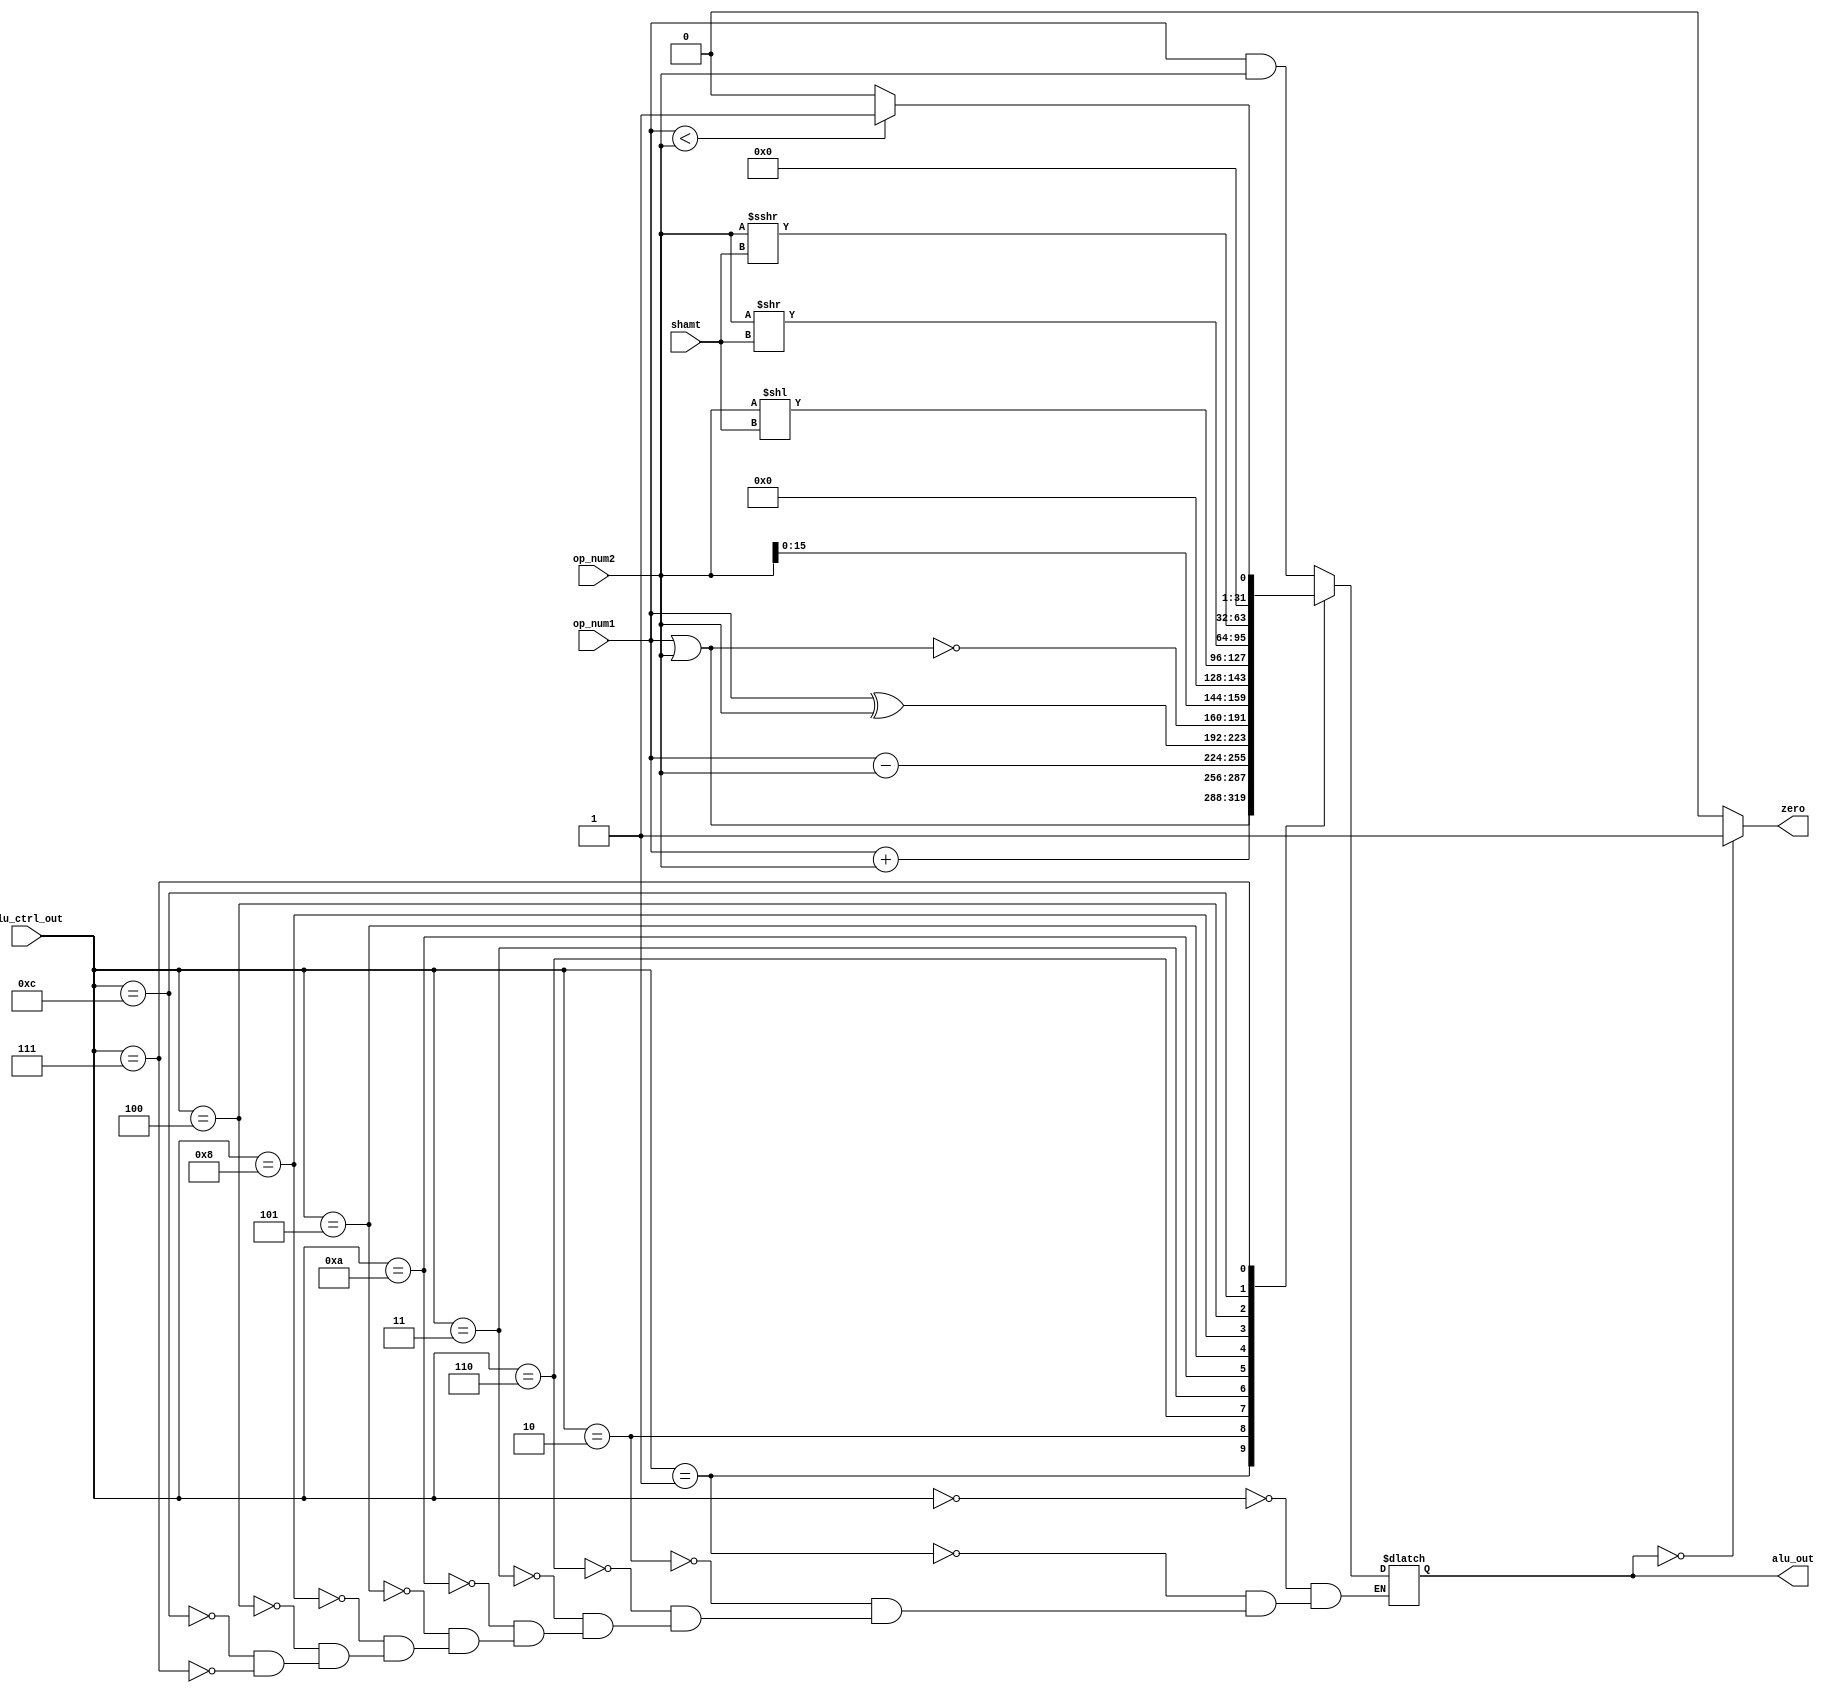
module alu(op_num1, op_num2, shamt, alu_ctrl_out, zero, alu_out);
    input      [31:0]  op_num1;        // rs
    input      [31:0]  op_num2;        // rt
    input      [ 3:0]  alu_ctrl_out;
    input      [ 4:0]  shamt;
    output             zero;           // zero genenrated by alu
    output reg [31:0]  alu_out;        // alu_out generated by alu

    parameter ADD   = 4'b0010;
    parameter SUB   = 4'b0110;
    parameter AND   = 4'b0000;
    parameter OR    = 4'b0001;
    parameter SLT   = 4'b0111;
    parameter XOR   = 4'b0011;
    parameter NOR   = 4'b1010;
    parameter LUI   = 4'b0101;
    parameter SLL   = 4'b1000;
    parameter SRL   = 4'b0100;
    parameter SRA   = 4'b1100;

    always @(*) 
    begin
        case (alu_ctrl_out)
            AND : 
            begin
                alu_out = op_num1 & op_num2;
            end
           
            OR  : 
            begin
                alu_out = op_num1 | op_num2;
                // $display("op_num1 : %h | op_num2 : %h | or out : %h", op_num1, op_num2, alu_out);
            end

            ADD : 
            begin
                alu_out = op_num1 + op_num2;
                // $display("op_num1 : %h | op_num2 : %h | add out : %h", op_num1, op_num2, alu_out);
            end

            SUB : 
            begin
                alu_out = op_num1 - op_num2;
                // $display("op_num1 : %h | op_num2 : %h | sub out : %h", op_num1, op_num2, alu_out);
            end

            XOR : 
            begin
                alu_out = op_num1 ^ op_num2;
            end

            NOR:
            begin
                alu_out = ~(op_num1 | op_num2);
            end

            LUI : 
            begin
                alu_out = {op_num2, 16'h0000};
                // $display("op_num2 : %h | lui out : %h", op_num2, alu_out);
            end

            SLL : 
            begin
                alu_out = op_num2 << shamt;
                // $display("op_num2 : %h | sll out : %h", op_num2, alu_out);
            end

            SRL :
            begin
                alu_out = op_num2 >> shamt;
            end

            SRA :
            begin
                alu_out = $signed(op_num2) >>> shamt;
            end

            SLT : 
            begin
                alu_out = (op_num1 < op_num2) ? 32'b1 : 32'b0;
                // $display("op_num1 : %h | op_num2 : %h | slt out : %h", op_num1, op_num2, alu_out);
            end
        endcase
    end

    assign zero = (alu_out == 0) ? 1 : 0;

endmodule